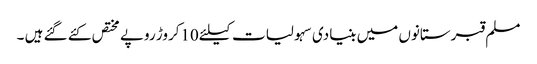
مسلم قبرستانوں میں بنیادی سہولیات کیلئے10کروڑ روپے مختص کئے گئے ہیں ۔